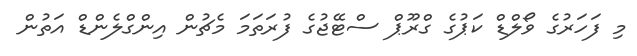
މި ފަހަރުގެ ވޯލްޑް ކަޕުގެ ގްރޫޕް ސްޓޭޖުގެ ފުރަތަމަ މެޗުން އިންގްލެންޑް އަތުން